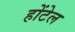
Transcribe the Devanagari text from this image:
होंटेल